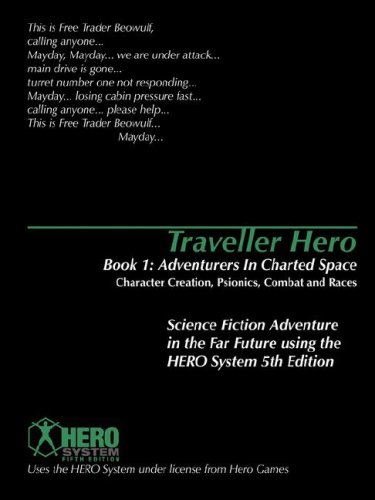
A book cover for Traveller Hero Book One: Adventurers in Charted Space: Character Creation, Psionics, Combat and Races; Rob Bruce; Science Fiction & Fantasy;